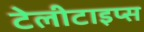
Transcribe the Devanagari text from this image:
टेलीटाइप्स